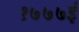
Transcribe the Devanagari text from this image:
१७७७ई